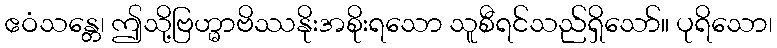
ဧဝံသန္တေ၊ ဤသို့ဗြဟ္မာဗိဿနိုးအစိုးရသော သူစီရင်သည်ရှိသော်။ ပုရိသော၊